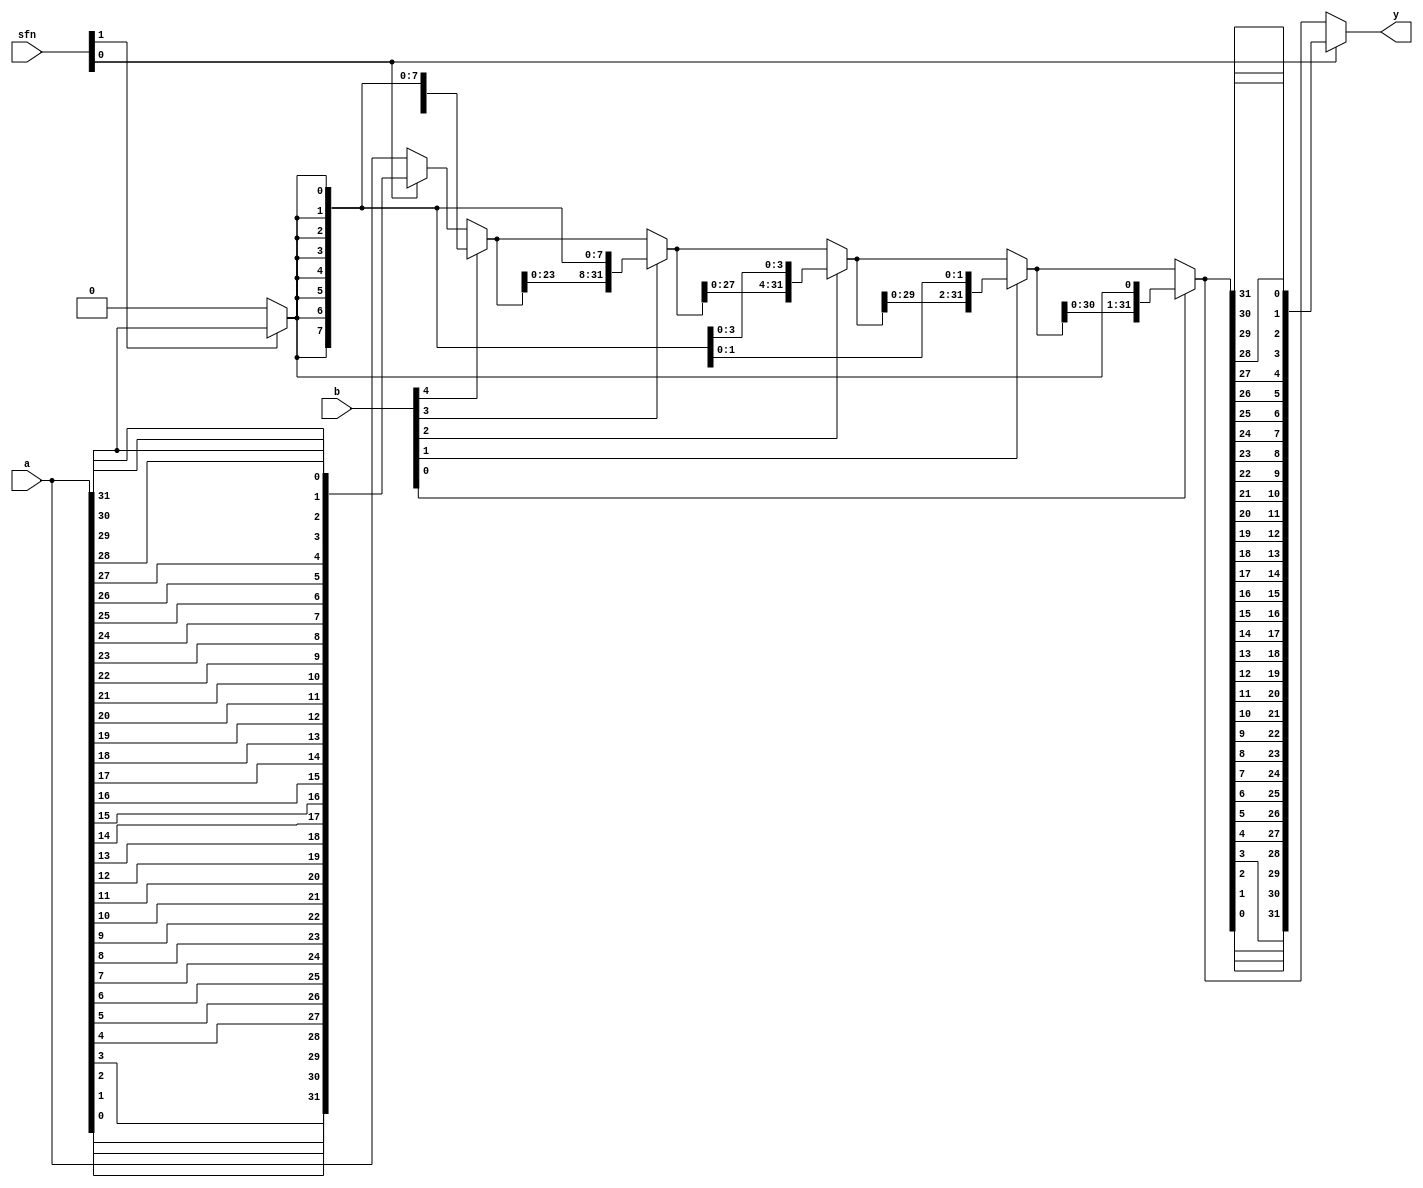
module alu_shift (
    input      [31:0] a,
    input       [4:0] b,
    input       [1:0] sfn,

    output     [31:0] y
);

function [31:0] bit_reverse;
    input [31:0] a;
    begin
        bit_reverse = {a[0],  a[1],  a[2],  a[3],  a[4],  a[5],  a[6],  a[7],
                       a[8],  a[9],  a[10], a[11], a[12], a[13], a[14], a[15],
                       a[16], a[17], a[18], a[19], a[20], a[21], a[22], a[23],
                       a[24], a[25], a[26], a[27], a[28], a[29], a[30], a[31]};
    end
endfunction

wire in;
assign in = (sfn[1] == 1 ? a[31] : 1'b0);

wire [31:0] ain;
assign ain = (sfn[0] == 1 ? bit_reverse(a[31:0]) : a[31:0]);


wire [31:0] q;
assign q = (b[4] == 1 ? {ain[15:0], {16{in}}} : ain[31:0]);

wire [31:0] r;
assign r = (b[3] == 1 ? {q[23:0], {8{in}}} : q[31:0]);

wire [31:0] s;
assign s = (b[2] == 1 ? {r[27:0], {4{in}}} : r[31:0]);

wire [31:0] t;
assign t = (b[1] == 1 ? {s[29:0], {2{in}}} : s[31:0]);

wire [31:0] sl;
assign sl = (b[0] == 1 ? {t[30:0], in} : t[31:0]);


assign y = (sfn[0] == 1 ? bit_reverse(sl[31:0]) : sl[31:0]);

endmodule